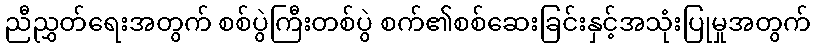
ညီညွှတ်ရေးအတွက် စစ်ပွဲကြီးတစ်ပွဲ စက်၏စစ်ဆေးခြင်းနှင့်အသုံးပြုမှုအတွက်